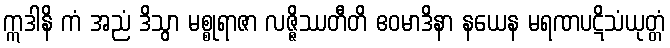
ဣဒါနိ ကံ အညံ ဒိသွာ မစ္စုရာဇာ လဇ္ဇိဿတီတိ ဧဝမာဒိနာ နယေန မရဏပဋိသံယုတ္တံ